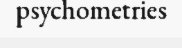
psychometries